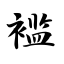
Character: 褴